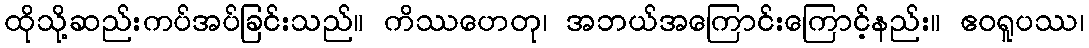
ထိုသို့ဆည်းကပ်အပ်ခြင်းသည်။ ကိဿဟေတု၊ အဘယ်အကြောင်းကြောင့်နည်း။ ဧဝရူပဿ၊